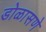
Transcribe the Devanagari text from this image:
डोळासणे